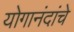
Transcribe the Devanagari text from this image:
योगानंदांचे